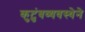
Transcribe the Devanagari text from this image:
कुटुंबव्यवस्थेने